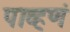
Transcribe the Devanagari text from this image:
पाव्हणं